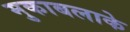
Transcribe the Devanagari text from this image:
मुकाबलाके